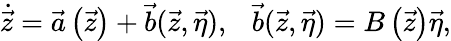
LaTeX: \dot{\vec{z}}=\vec{a}\left(\vec{z}\right)+\vec{b}(\vec{z},\vec{\eta}),\ \ \ \vec{b}(\vec{z},\vec{\eta})=B\left(\vec{z}\right)\vec{\eta},